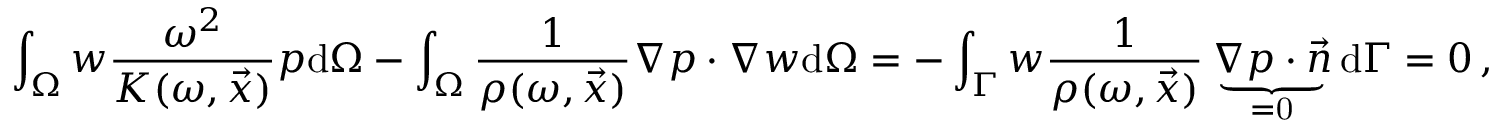
\int _ { \Omega } w \frac { \omega ^ { 2 } } { K ( \omega , \vec { x } ) } p \mathrm { d } \Omega - \int _ { \Omega } \frac { 1 } { \rho ( \omega , \vec { x } ) } \nabla p \cdot \nabla w \mathrm { d } \Omega = - \int _ { \Gamma } w \frac { 1 } { \rho ( \omega , \vec { x } ) } \underbrace { \nabla p \cdot \vec { n } } _ { \mathrm { = 0 } } \mathrm { d } \Gamma = 0 \, ,